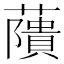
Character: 藬